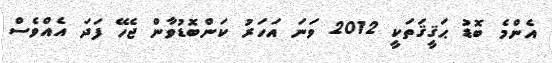
އެންމެ ބޮޑު ޙަޤީޤަތަކީ 2012 ވަނަ އަހަރު ކަންބޮޑުވާން ޖެހޭ ފަދަ އެއްވެސް